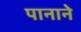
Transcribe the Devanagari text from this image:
पानाने